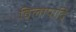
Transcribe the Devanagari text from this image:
विलापादि